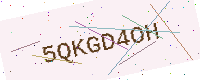
Text: 5QKGD4OH